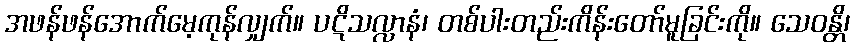
အဖန်ဖန်အောက်မေ့ကုန်လျှက်။ ပဋိသလ္လာနံ၊ တစ်ပါးတည်းကိန်းတော်မူခြင်းကို။ သေဝန္တိ၊